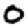
Digit: 0